Indian journal of veterinary science and animal husbandry - Volume 8,
Year: 1938
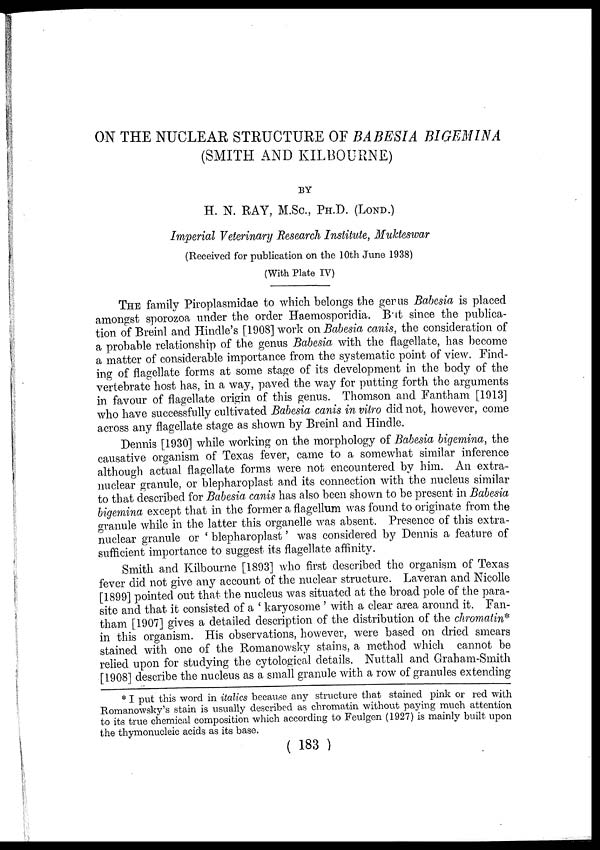
ON THE NUCLEAR STRUCTURE OF BABESIA BIGEMINA
(SMITH AND KILBOURNE)
BY
H. N. RAY, M.Sc., PH.D. (LOND.)
Imperial Veterinary Research Institute, Mukteswar
(Received for publication on the 10th June 1938)
(With Plate IV)
THE family Piroplasmidae to which belongs the genus Babesia is placed
amongst sporozoa under the order Haemosporidia. But since the publica-
tion of Breinl and Hindle's [1908] work on Babesia canis, the consideration of
a probable relationship of the genus Babesia with the flagellate, has become
a matter of considerable importance from the systematic point of view. Find-
ing of flagellate forms at some stage of its development in the body of the
vertebrate host has, in a way, paved the way for putting forth the arguments
in favour of flagellate origin of this genus. Thomson and Fantham [1913]
who have successfully cultivated Babesia canis in vitro did not, however, come
across any flagellate stage as shown by Breinl and Hindle.
Dennis [1930] while working on the morphology of Babesia bigemina, the
causative organism of Texas fever, came to a somewhat similar inference
although actual flagellate forms were not encountered by him. An extra-
nuclear granule, or blepharoplast and its connection with the nucleus similar
to that described for Babesia canis has also been shown to be present in Babesia
bigemina except that in the former a flagellum was found to originate from the
granule while in the latter this organelle was absent. Presence of this extra-
nuclear granule or ' blepharoplast' was considered by Dennis a feature of
sufficient importance to suggest its flagellate affinity.
Smith and Kilbourne [1893] who first described the organism of Texas
fever did not give any account of the nuclear structure. Laveran and Nicolle
[1899] pointed out that the nucleus was situated at the broad pole of the para-
site and that it consisted of a ' karyosome ' with a clear area around it. Fan-
tham [1907] gives a detailed description of the distribution of the chromatin*
in this organism. His observations, however, were based on dried smears
stained with one of the Romanowsky stains, a method which cannot be
relied upon for studying the cytological details. Nuttall and Graham-Smith
[1908] describe the nucleus as a small granule with a row of granules extending
* I put this word in italics because any structure that stained pink or red with
Romanowsky's stain is usually described as chromatin without paying much attention
to its true chemical composition which according to Feulgen (1927) is mainly built upon
the thymonucleic acids as its base.
( 183 )